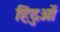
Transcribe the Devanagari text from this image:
हिंदुओें